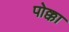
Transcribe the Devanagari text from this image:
पोक्का